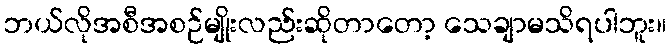
ဘယ်လိုအစီအစဉ်မျိုးလည်းဆိုတာတော့ သေချာမသိရပါဘူး။